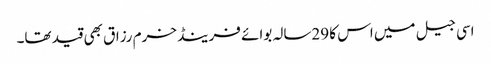
اسی جیل میں اس کا 29سالہ بوائے فرینڈ خرم رزاق بھی قید تھا۔